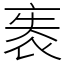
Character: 袠